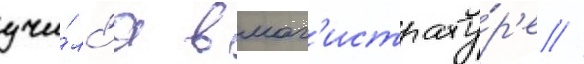
учи́лс'я в маг'истрату́р'е //